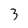
Character: 3